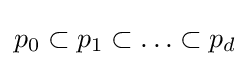
p_{0}\subset p_{1}\subset \ldots \subset p_{d}